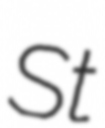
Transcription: St